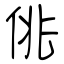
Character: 佻